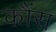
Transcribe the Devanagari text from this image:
कौंस